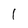
Character: 1